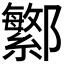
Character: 𬪤